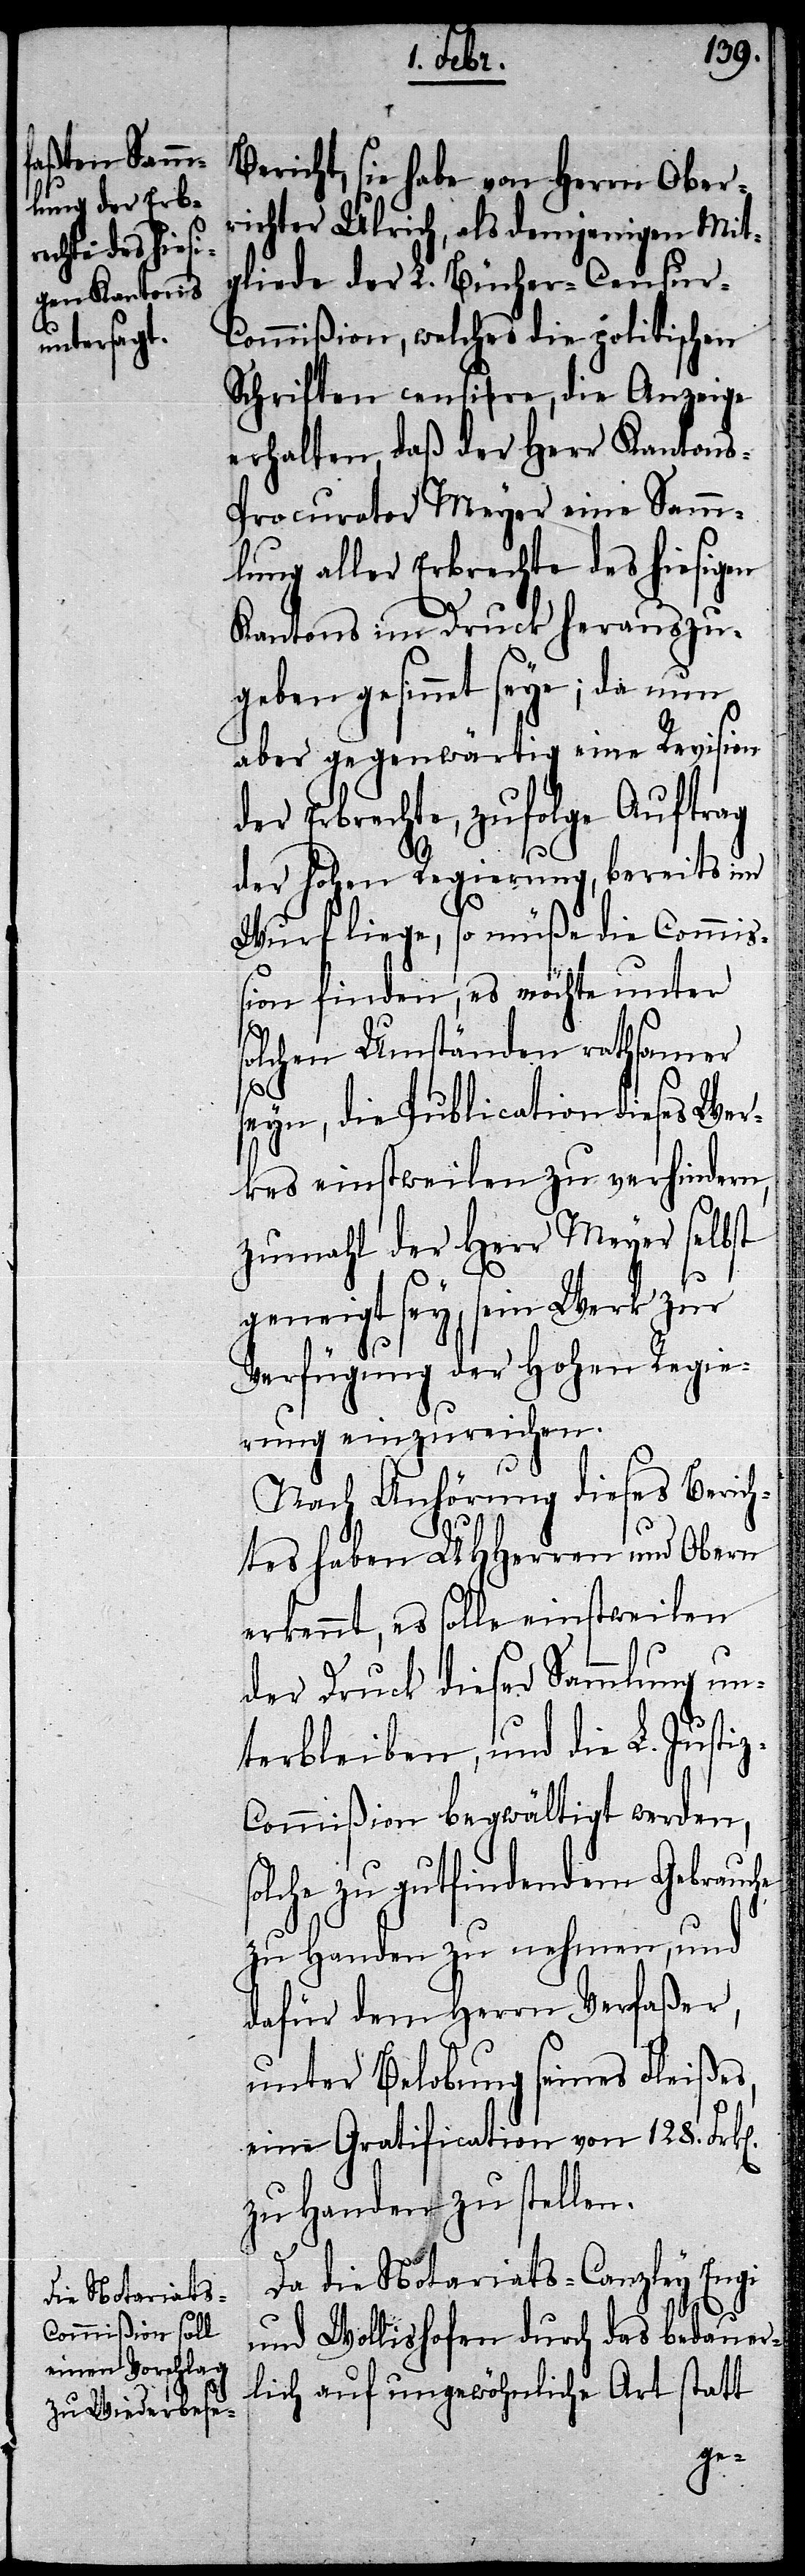
Bericht, sie habe von Herrn Ober¬
richter Ulrich, als demjenigen Mit¬
gliede der L. Bücher-Censur-C¬
ommißion, welches die politischen
Schriften censire, die Anzeige
erhalten, daß der Herr Kantons-P¬
rocurator Meyer eine Samm¬
lung aller Erbrechte des hiesigen
Kantons im Druck herauszu¬
geben gesinnet seye; da nun
aber gegenwärtig eine Revision
der Erbrechte, zufolge Auftrag
der hohen Regierung, bereits im
Wurf liege, so müße die Commiß¬
ion finden, es möchte unter
olchen Umständen rathsamer
seyn, die Publication dieses Wer¬
kes einstweilen zu verhindern,
zumahl der Herr Meyer selbst
geneigt sey, sein Werk zur
Verfügung der Hohen Regie¬
rung einzureichen.
Nach Anhörung dieses Berich¬
tes haben UHHerren und Obern
erkennt, es solle einstweilen
der Druck dieser Sammlung un¬
terbleiben, und die L. Justi¬
z-Commißion begwältigt werden,
olche zu gutfindendem Gebrauche
zu Handen zu nehmen, und
dafür dem Herrn Verfaßer,
unter Belobung seines Fleißes,
eine Gratification von 128.
zu Handen zu stellen.
Da die Notariats-Canzley Engi
und Wollishofen durch das bedauer¬
lich auf ungewöhnliche Art statt
s¬